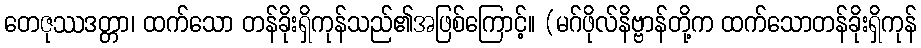
တေဇုဿဒတ္တာ၊ ထက်သော တန်ခိုးရှိကုန်သည်၏အဖြစ်ကြောင့်။ (မဂ်ဖိုလ်နိဗ္ဗာန်တို့က ထက်သောတန်ခိုးရှိကုန်